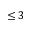
\leq 3